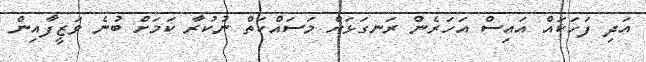
އަދި ފަހަކައް އައިސް އަހަރެން ރަނގަޅަށް މަސައްކަތް ނުކުރާ ކަމަށް ބުނެ ވަޒީފާއިން